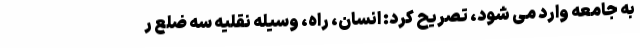
به جامعه وارد می شود، تصریح کرد: انسان، راه، وسیله نقلیه سه ضلع ر